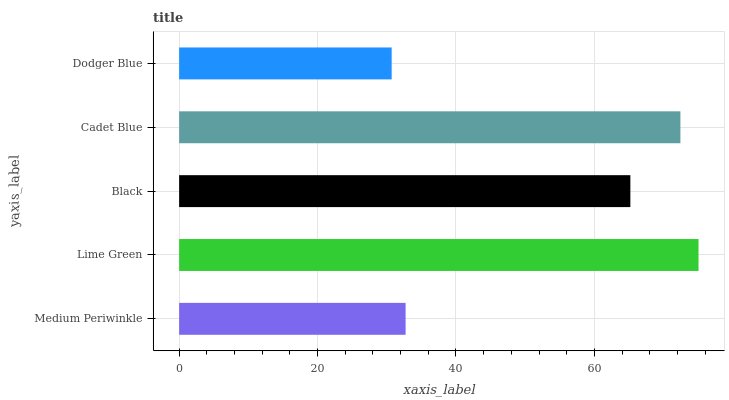
| yaxis_label | bars |
 | --- | --- |
 | Medium Periwinkle | 32.7 |
 | Lime Green | 75 |
 | Black | 65.2 |
 | Cadet Blue | 72.4 |
 | Dodger Blue | 30.7 |